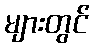
များတွင်